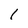
Character: 1